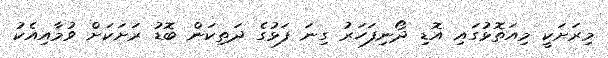
މިރަށަކީ މިއަތޮޅުގައި އޮޑި ދޯނިފަހަރު ގިނަ ފަޅުގެ ދަތިކަން ބޮޑު ރަށަކަށް ވުމާއިއެކު